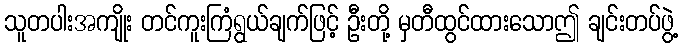
သူတပါးအကျိုး တင်ကူးကြံရွယ်ချက်ဖြင့် ဦးတို့ မှတီထွင်ထားသောဤ ချင်းတပ်ဖွဲ့